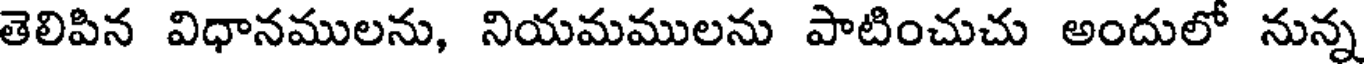
తెలిపిన విధానములను, నియమములను పాటించుచు అందులో నున్న